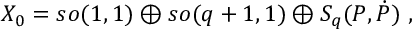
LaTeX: { \cal X } _ { 0 } = s o ( 1 , 1 ) \oplus s o ( q + 1 , 1 ) \oplus { \cal S } _ { q } ( P , \dot { P } ) \ ,